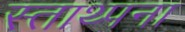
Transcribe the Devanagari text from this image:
स्ताथ्पना